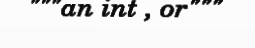
"""an int , or"""